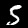
Label: 5